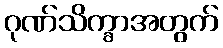
ဂုဏ်သိက္ခာအတွက်